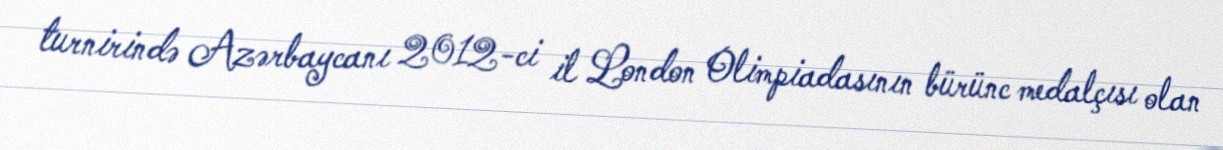
turnirində Azərbaycanı 2012-ci il London Olimpiadasının bürünc medalçısı olan